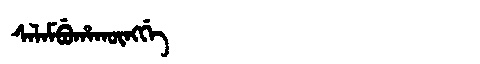
Manchu: ᠰᠠᠯᠠᠮᠪᡠᡥᠠᡴᡡᠩᡤᡝ
Romanization: SALAMBUHAKŪNGGE